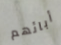
أبائهم